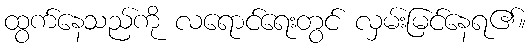
ထွက်နေသည်ကို လရောင်ရေးတွင် လှမ်းမြင်နေရ၏။